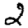
Digit: 2